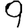
Digit: 9